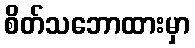
စိတ်သဘောထားမှာ